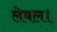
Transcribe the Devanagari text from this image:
लेबल।